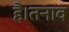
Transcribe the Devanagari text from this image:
है।तनाव